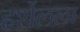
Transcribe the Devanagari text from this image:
हर्शेलला